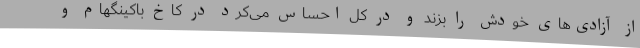
از آزادی‌های خودش را بزند و در کل احساس می‌کرد در کاخ باکینگهام و